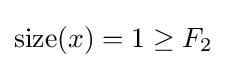
\mathrm {size} (x)=1\geq F_{2}